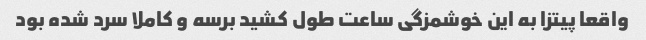
واقعا پیتزا به این خوشمزگی ساعت طول کشید برسه و کاملا سرد شده بود